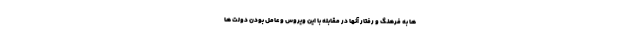
ها به فرهنگ و رفتار آنها در مقابله با اين ويروس و عامل بودن دولت ها